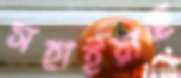
সহাইয়াছে